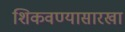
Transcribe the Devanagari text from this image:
शिकवण्यासारखा